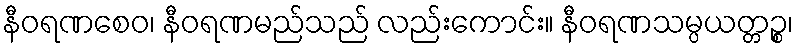
နီဝရဏစေဝ၊ နီဝရဏမည်သည် လည်းကောင်း။ နီဝရဏသမ္ပယတ္တဉ္စ၊